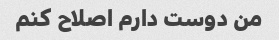
من دوست دارم اصلاح کنم